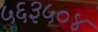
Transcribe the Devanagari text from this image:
५६३५०४